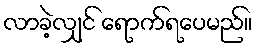
လာခဲ့လျှင် ရောက်ရပေမည်။